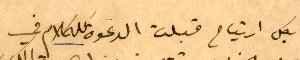
بكل ارتياح قبلت الدعوة لله كلام في